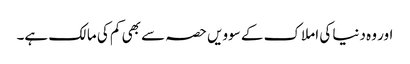
اور وہ دنیا کی املاک کے سوویں حصہ سے بھی کم کی مالک ہے۔